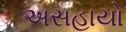
અસહાયો